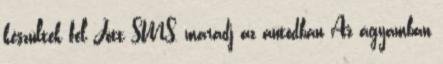
készültek fel Jött SMS, maradj az autódban Az ágyamban